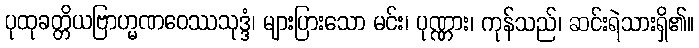
ပုထုခတ္တိယဗြာဟ္မဏဝေဿသုဒ္ဒံ၊ များပြားသော မင်း၊ ပုဏ္ဏား၊ ကုန်သည်၊ ဆင်းရဲသားရှိ၏။